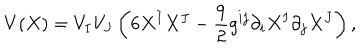
LaTeX: V ( X ) = V _ { I } V _ { J } \left( 6 X ^ { I } X ^ { J } - { \frac { 9 } { 2 } } { g } ^ { i j } \partial _ { i } X ^ { I } \partial _ { j } X ^ { J } \right) ,